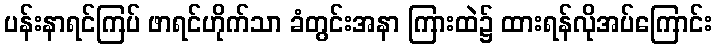
ပန်းနာရင်ကြပ် ဖာရင်ဟိုက်သာ ခံတွင်းအနာ ကြားထဲ၌ ထားရန်လိုအပ်ကြောင်း